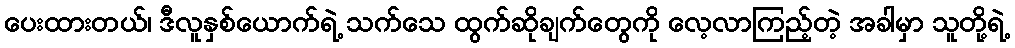
ပေးထားတယ်၊ ဒီလူနှစ်ယောက်ရဲ့ သက်သေ ထွက်ဆိုချက်တွေကို လေ့လာကြည့်တဲ့ အခါမှာ သူတို့ရဲ့